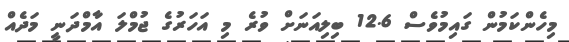
މިހެންކަމުން ގައިމުވެސް 12.6 ބިލިއަނަށް ވުރެ މި އަހަރުގެ ޖުމްލަ އާމްދަނީ މަދެއް